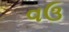
વઉ